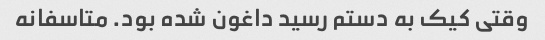
وقتی کیک به دستم رسید داغون شده بود. متاسفانه